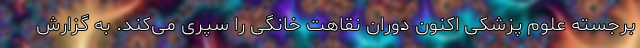
برجسته علوم پزشکی اکنون دوران نقاهت خانگی را سپری می‌کند. به گزارش